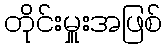
တိုင်းမှူးအဖြစ်